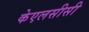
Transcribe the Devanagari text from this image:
केएलसीसी